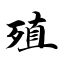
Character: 殖